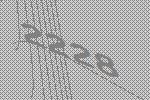
2228